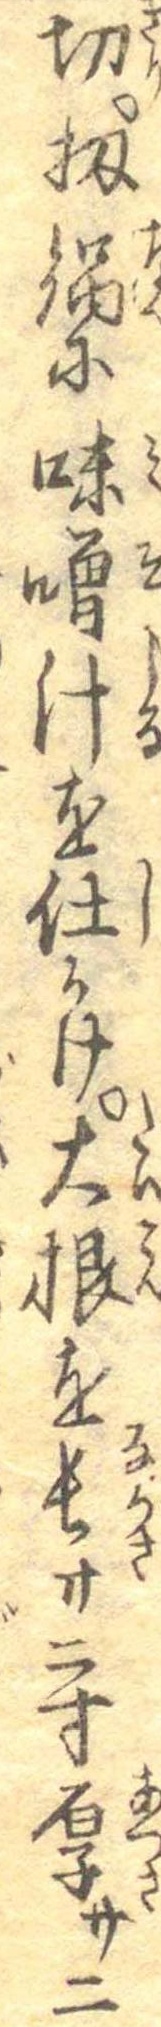
切扨鍋に味噌汁を仕かけ大根を長サ二寸厚サ二